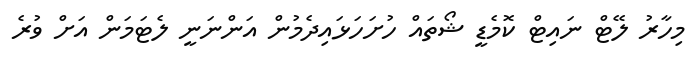
މިހާރު ލޭޓް ނައިޓް ކޮމެޑީ ޝޯތައް ހުށަހަޅައިދެމުން އަންނަނީ ލެޓަމަން އަށް ވުރެ